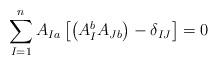
LaTeX: \begin{align*}\sum_{I=1}^{n}A_{Ia}\left[\left(A^{b}_{I} A_{Jb}\right) -\delta_{IJ}\right]=0\end{align*}